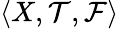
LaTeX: \langle X,{\mathcal{T}},{\mathcal{F}}\rangle